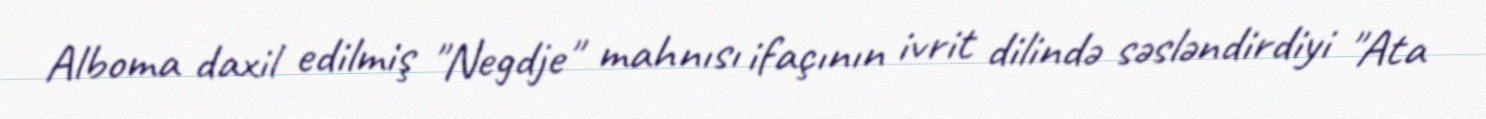
Alboma daxil edilmiş "Negdje" mahnısı ifaçının ivrit dilində səsləndirdiyi "Ata